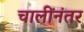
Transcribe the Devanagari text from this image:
चालींनंतर